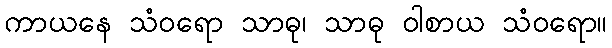
ကာယနေ သံဝရော သာဓု၊ သာဓု ဝါစာယ သံဝရော။